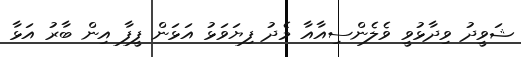
ޝަވީދު ވިދާޅުވީ ވެލެންސިއާއާ މެދު ފިޔަވަޅު އަޅަން ފީފާ އިން ބާރު އަޅާ